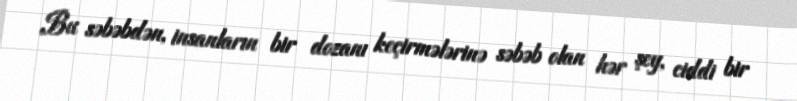
Bu səbəbdən, insanların bir dozanı keçirmələrinə səbəb olan hər şey, ciddi bir